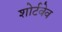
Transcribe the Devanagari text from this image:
शोर्टवेव